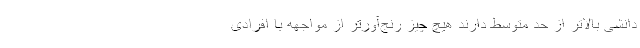
دانشی بالاتر از حد متوسط دارند هیچ چیز رنج‌آورتر از مواجهه با افرادی